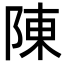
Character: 陳